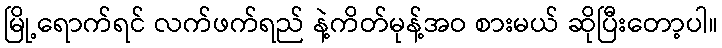
မြို့ရောက်ရင် လက်ဖက်ရည် နဲ့ကိတ်မုန့်အဝ စားမယ် ဆိုပြီးတော့ပါ။